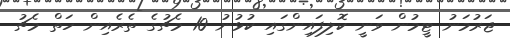
ޖަރުމަނު ޓީމުން ވަނީ ކޮލިފައިންގައި ކުޅުނު 10 މެޗުގެ ތެރެއިން ހަތް މެޗު